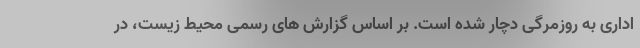
اداری به روزمرگی دچار شده است. بر اساس گزارش های رسمی محیط زیست، در